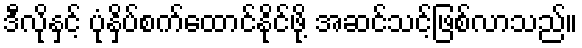
ဒီလိုနှင့် ပုံနှိပ်စက်ထောင်နိုင်ဖို့ အဆင်သင့်ဖြစ်လာသည်။